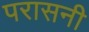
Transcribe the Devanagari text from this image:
परासनी